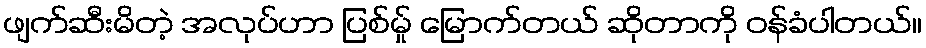
ဖျက်ဆီးမိတဲ့ အလုပ်ဟာ ပြစ်မ်ှု မြောက်တယ် ဆိုတာကို ဝန်ခံပါတယ်။